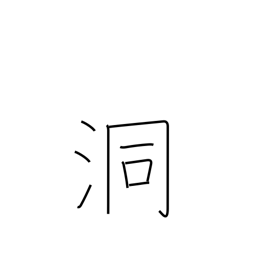
Meaning: den